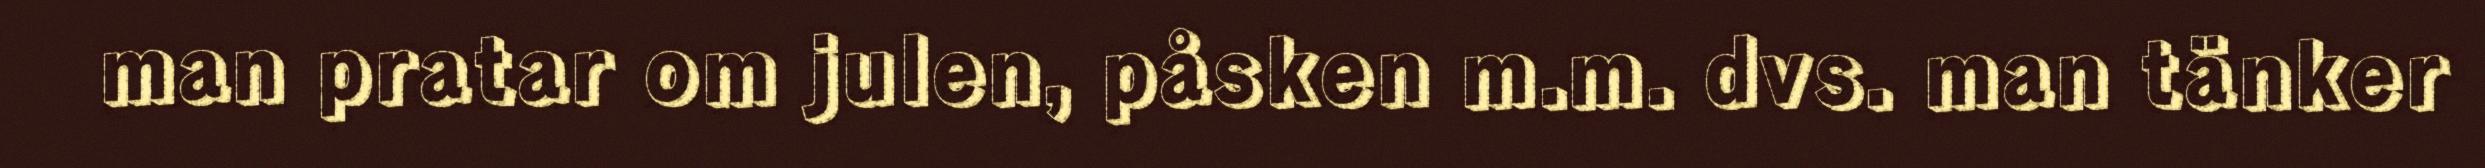
man pratar om julen, påsken m.m. dvs. man tänker